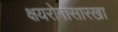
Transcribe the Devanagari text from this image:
क्षयरोगासारखा